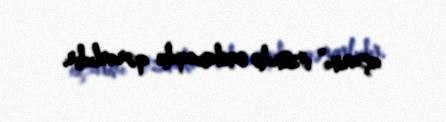
açarını” özündə saxlamaqda qərarlıdır.